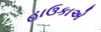
હાઉકાએ